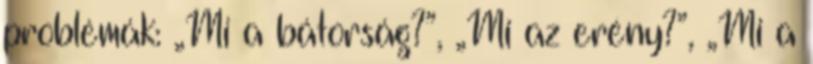
problémák: „Mi a bátorság?”, „Mi az erény?”, „Mi a